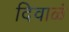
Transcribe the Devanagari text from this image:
दिवाळं